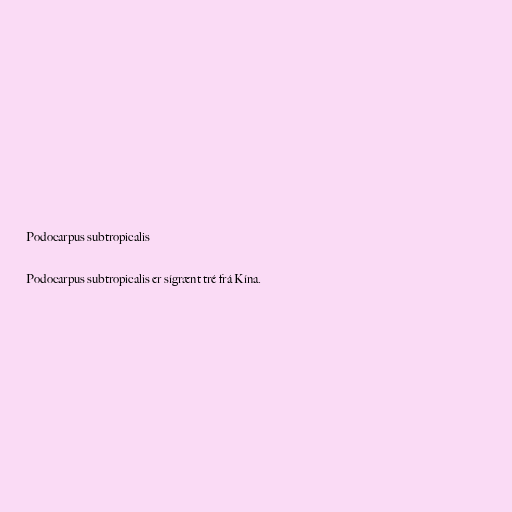
Podocarpus subtropicalis

Podocarpus subtropicalis er sígrænt tré frá Kína.